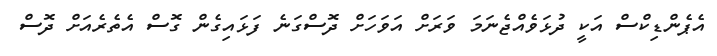
އެޕެންޑިކްސް އަކީ ދުޅަވެއްޖެނަމަ ވަރަށް އަވަހަށް ދޮސްގަނެ ފަޅައިގެން ގޮސް އެތެރެއަށް ދޮސް